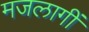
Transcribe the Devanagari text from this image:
मजलागीं